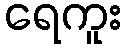
ရေကူး